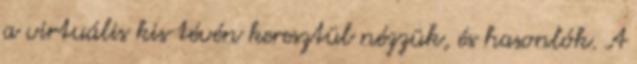
a virtuális kis tévén keresztül nézzük, és hasonlók. A